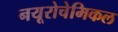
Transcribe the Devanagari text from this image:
नयूरोचेमिकल